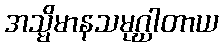
အသ္မိမာနသမုဂ္ဃါတာယ